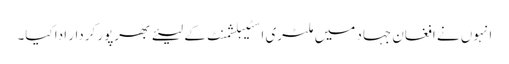
انہوں نے افغان جہاد میں ملٹری اسٹیبلشمنٹ کے لیئے بھرپور کردار ادا کیا۔